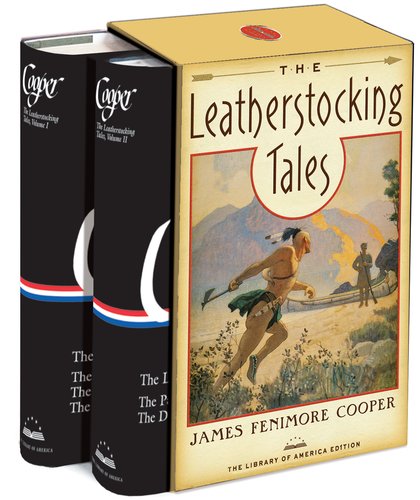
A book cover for The Leatherstocking Tales: The Library of America Edition; James Fenimore Cooper; Literature & Fiction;